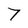
Character: 7